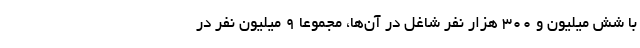
با شش میلیون و ۳۰۰ هزار نفر شاغل در آن‌ها، مجموعا ۹ میلیون نفر در